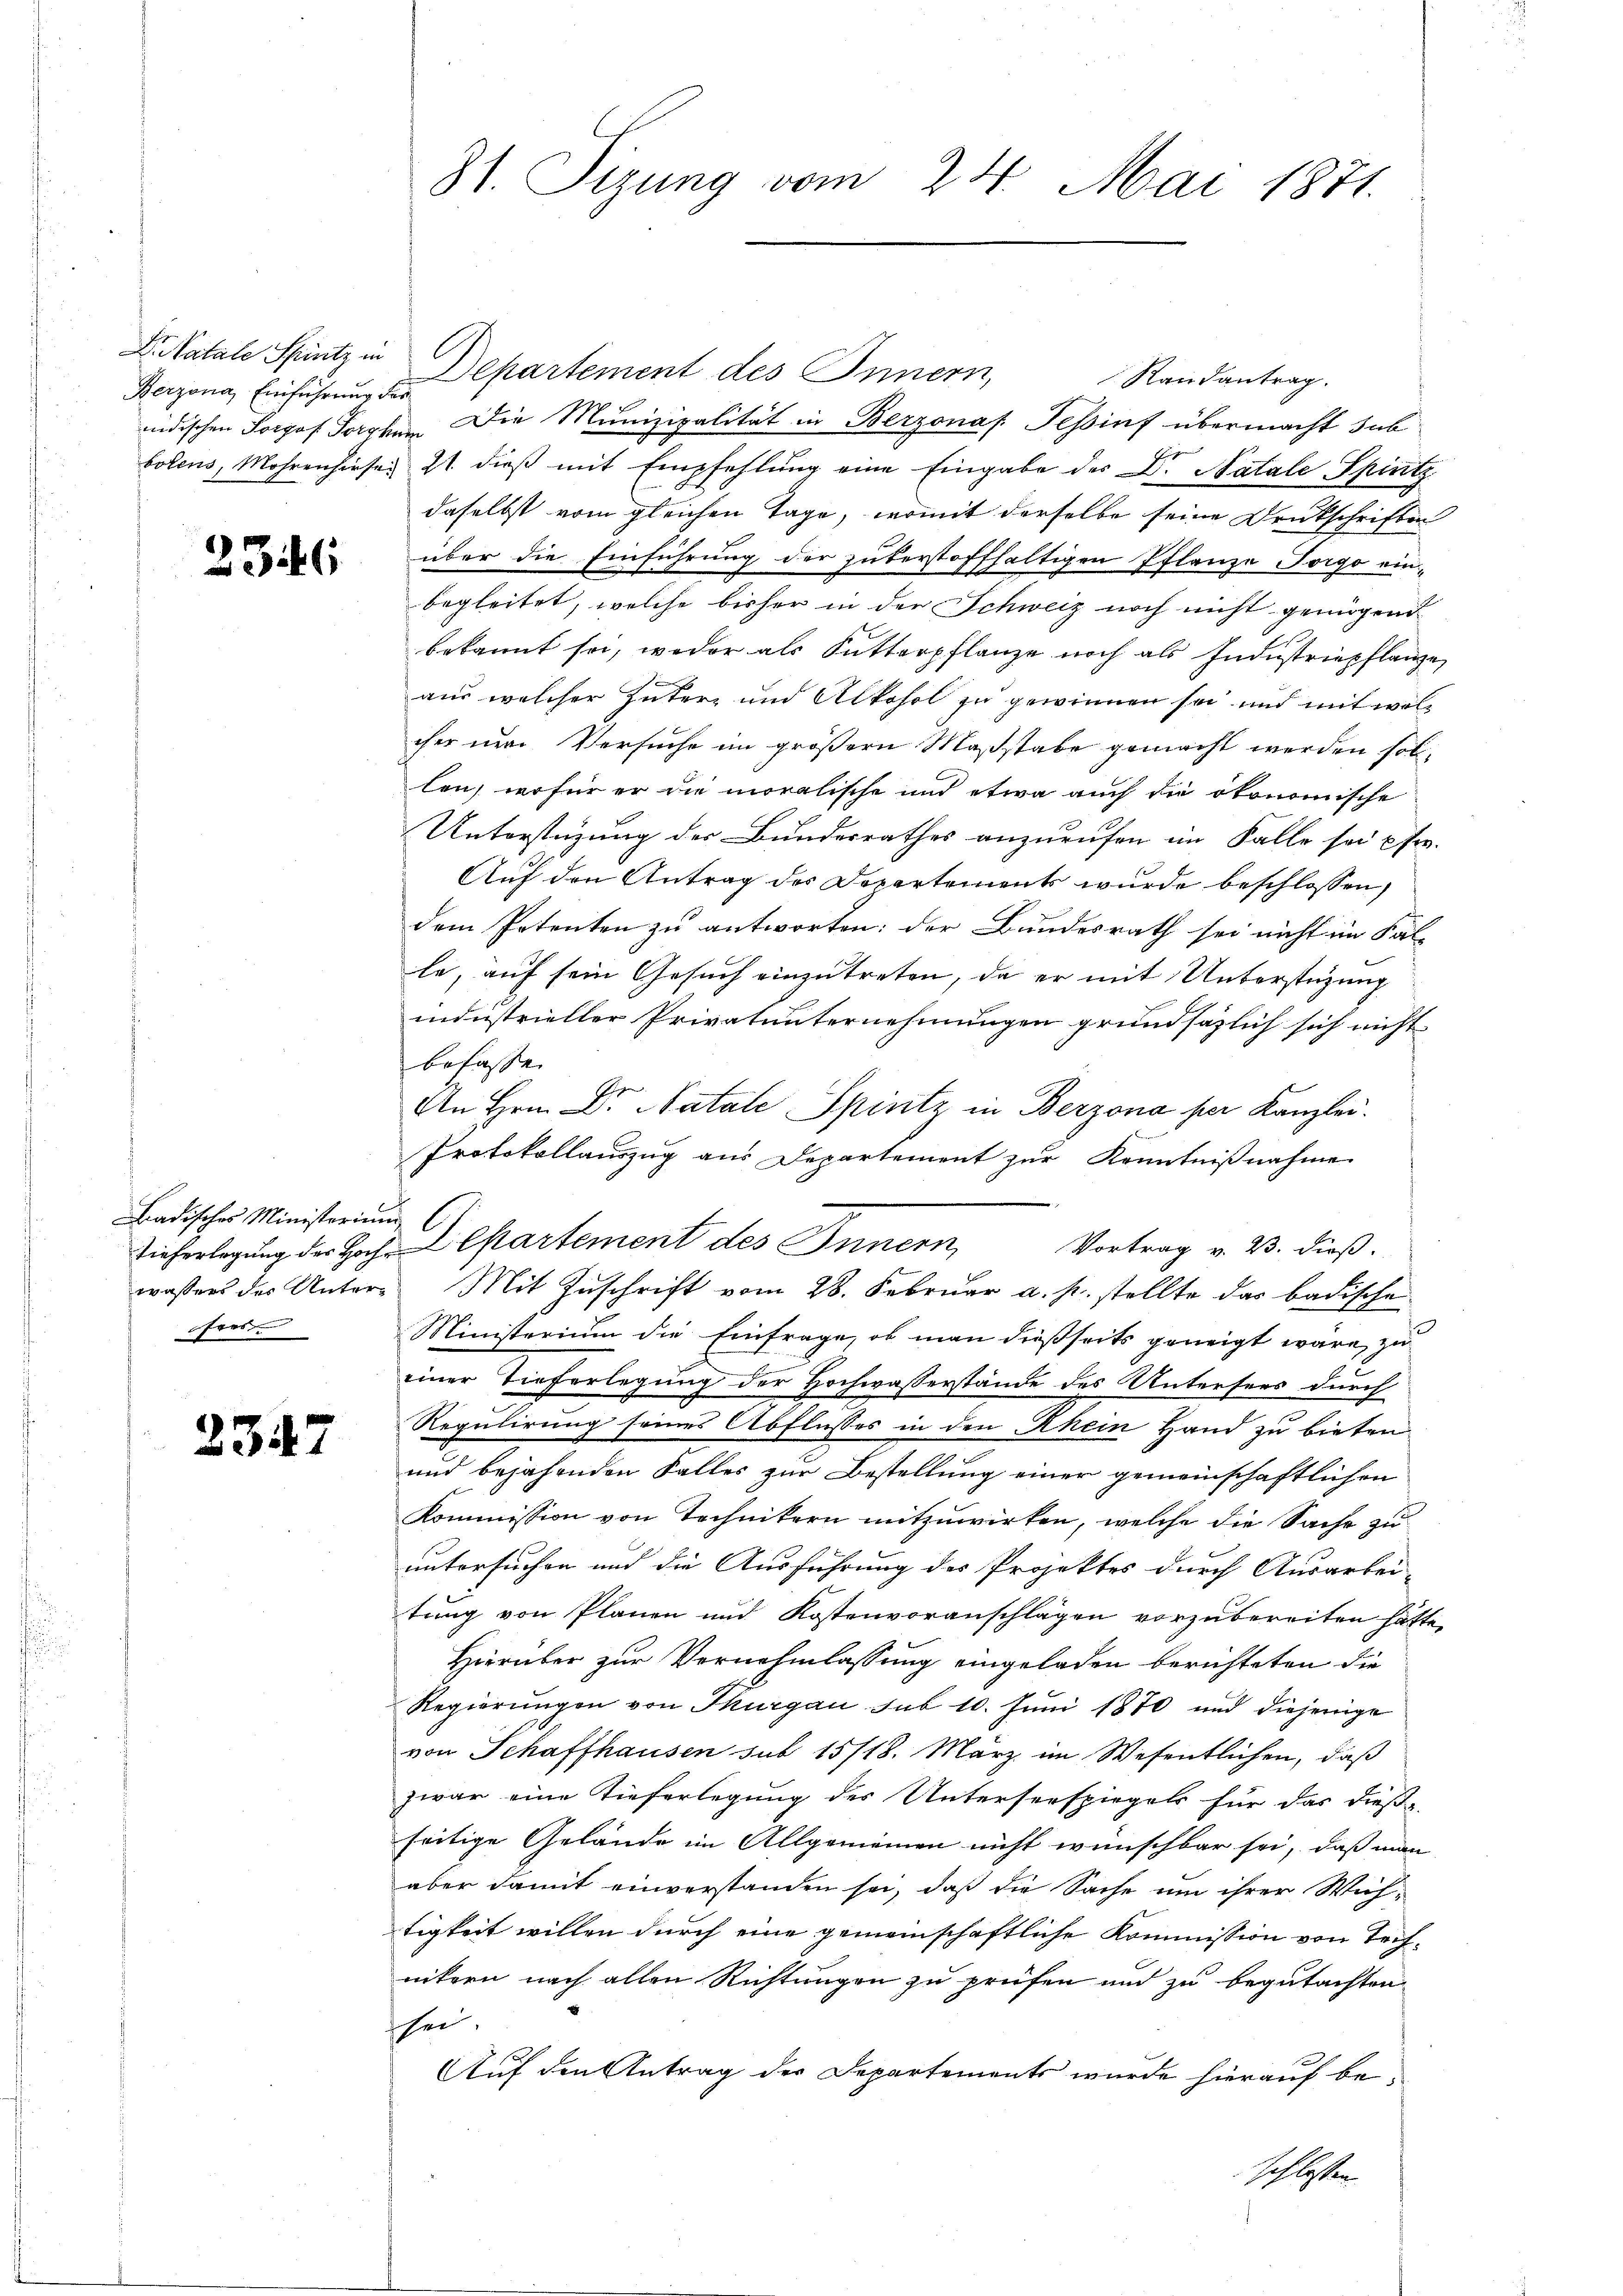
Berzona, Einführung der

2346

Badisches Ministerium
fres

2347

Dr. Katale Spintz in Departement des Innern,
Randantrag.

nidischen Sorgos Torphen Die Munizipalität in Berzonas. Tessinf übermacht sub
bolens, Mohrenhieser 2t dieß mit Empfehlung eine Eingabe des Dr. Natale Spintz.
daselbst vom gleichen Tage, womit derselbe seine Druckschriften
über die Einführung der zuberstoffhaltigen Pflanze Forgo einbegleitet, welche bisher in der Schweiz noch nicht genügende
bekannt sei, weder als Futterpflanze noch als Industriepflanze
aus welcher Güterz und Alkohol zu gewinnen sei und mit wolcher nur Versuche im größern Maßstabe gemacht werden sollen, wofür er die moralische und etwa auch die ökonomische
Unterstüzung der Bunderrathes anzurufen im Falle sei fr.
Auf den Antrag des Departements wurde beschlossen,
dem Petenten zu antworten: der Bundesrath sei nicht im Fal-
le, auf sein Gesuch einzutreten, da er mit Unterstüzung
industrieller Privatunternehmungen grundsätzlich sich nicht
belasse
An Hrn. Dr. Natale Spintz in Berzona per Kanzlei.
Protokollauszug aus Departement zur Kenntnißnahme
wassens des Untere Mit Zuschrift vom 28. Februar a. p. stellte das badische
Ministerium die Einfrage, ob man dießseits geneigt wäre, zu
einer Tieferlegung der Hochwasserstände des Untersees durch
Regulirung seines Abflusses in den Rhein Hand zu bieten.
und bejahenden Falles zur Bestellung einer gemeinschaftlichen
Kommission von Technikern mitzuwirken, welche die Sache zu
untersuchen und die Ausführung des Projektes durch Ausarbei-
tung von Planen und Kostenvoranschlägen vorzubereiten hätte.
Hierüber zur Vernehmlassung eingeladen berichteten die
Regierungen von Thurgau sub 10. Juni 1870 und diejenige
von Schaffhausen sub 15/18. März im Wesentlichen, daß
zwar eine Tieferlegung des Unterserspiegels für das dieße
seitige Gelände im Allgemeinen nicht wünschbar sei, daß man
aber damit einverstanden sei, daß die Sache um ihrer Wich-
tigkeit willen durch eine gemeinschaftliche Kommission von Technikern nach allen Richtungen zu prüfen und zu begutachten
sei
Auf den Antrag des Departements wurde hierauf beschlossen.

81. Sizung vom 24. Mai 1871.

Ticherlegung der Hoche Cesartement des Innern, Vortrag v. B. dieß.